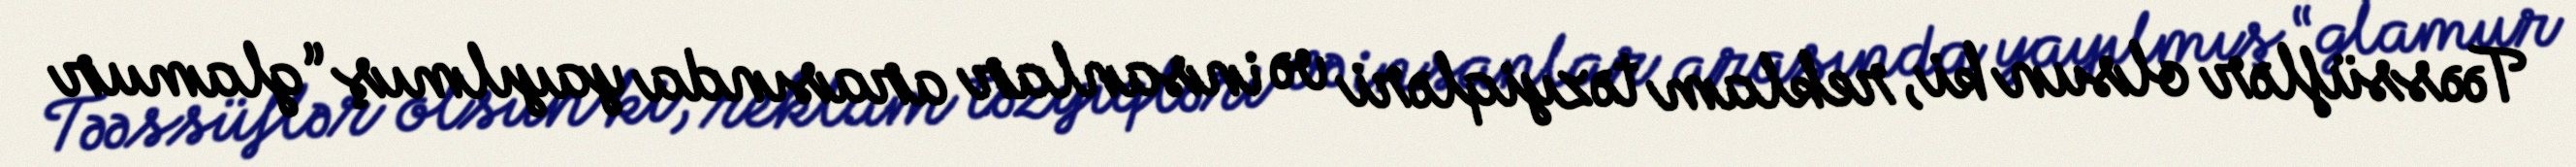
Təəssüflər olsun ki, reklam təzyiqləri və insanlar arasında yayılmış “glamur